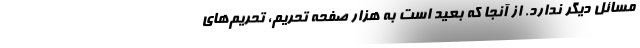
مسائل دیگر ندارد. از آنجا که بعید است به هزار صفحه تحریم، تحریم‌های